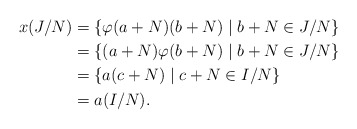
\begin{align*}x (J/N) &= \{\varphi(a+N) (b+N) \mid b+N \in J/N\} \\&= \{(a+N) \varphi(b+N) \mid b+N \in J/N\} \\&= \{a(c+N) \mid c+N \in I/N \} \\&= a (I/N).\end{align*}